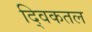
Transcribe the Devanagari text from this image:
द्विकतल